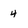
Character: 4